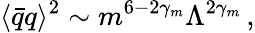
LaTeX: \langle\bar{q}q\rangle^{2}\sim m^{6-2\gamma_{m}}\Lambda^{2\gamma_{m}}\, ,